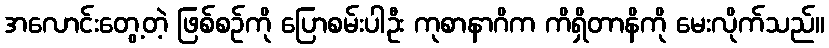
အလောင်းတွေ့တဲ့ ဖြစ်စဉ်ကို ပြောစမ်းပါဦး ကုစာနာဂိက ကိရှိတာနိကို မေးလိုက်သည်။